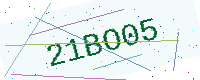
Text: 21BO05